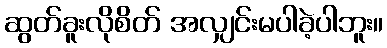
ဆွတ်ခူးလိုစိတ် အလျှင်းမပါခဲ့ပါဘူး။